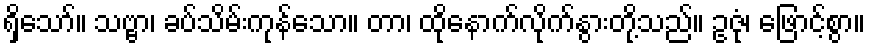
ရှိသော်။ သဗ္ဗာ၊ ခပ်သိမ်းကုန်သော။ တာ၊ ထိုနောက်လိုက်နွားတို့သည်။ ဥဇုံ၊ ဖြောင့်စွာ။